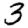
Digit: 3